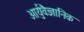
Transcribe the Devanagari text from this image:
आर्युवैज्ञानिक